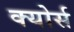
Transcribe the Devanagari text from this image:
क्योर्स